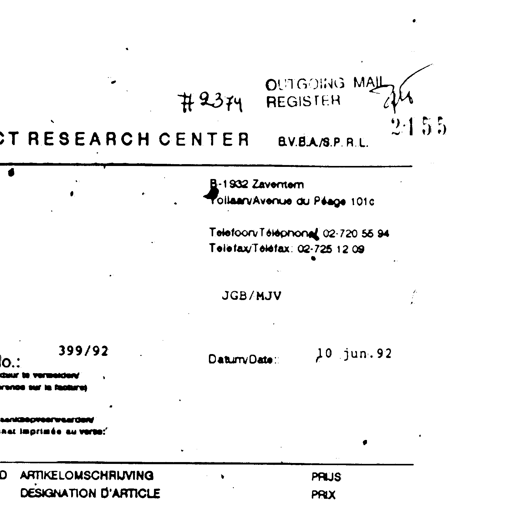
# 2374 OUTGOING MAIL REGISTER 2/10
RESEARCH CENTER B.V.B.A./S.P.R.L. 2155
B-1932 Zaventem
Tollaan/Avenue du Péage 101c
Telefoon/Téléphone: 02-720 55 94
Telefax/Téléfax: 02-725 12 09
JGB/MJV
399/92 Datum/Date: 10 jun. 92
ARTIKELOMSCHRIJVING PRIJS
DESIGNATION D'ARTICLE PRIX